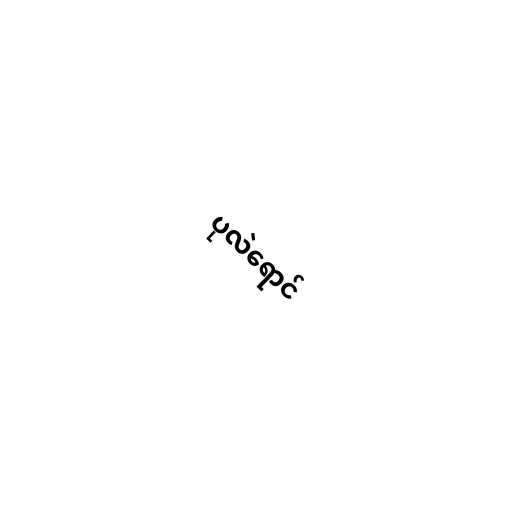
ပုလဲရောင်